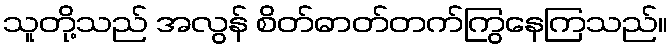
သူတို့သည် အလွန် စိတ်ဓာတ်တက်ကြွနေကြသည်။